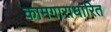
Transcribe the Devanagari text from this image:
कामगाराधारित